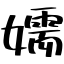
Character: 嬬